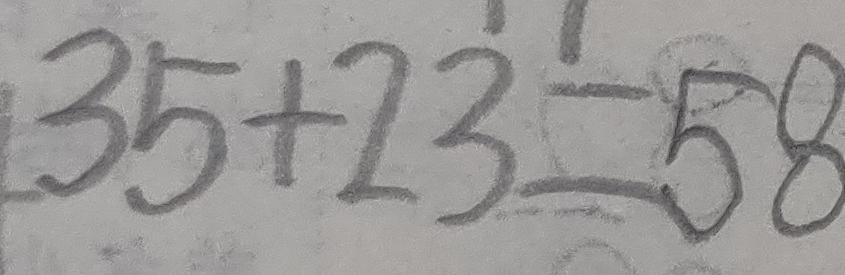
3 5 + 2 3 = 5 8